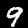
Digit: 9